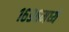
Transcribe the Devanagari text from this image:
१६९६मध्ये